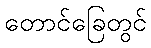
တောင်ခြေတွင်